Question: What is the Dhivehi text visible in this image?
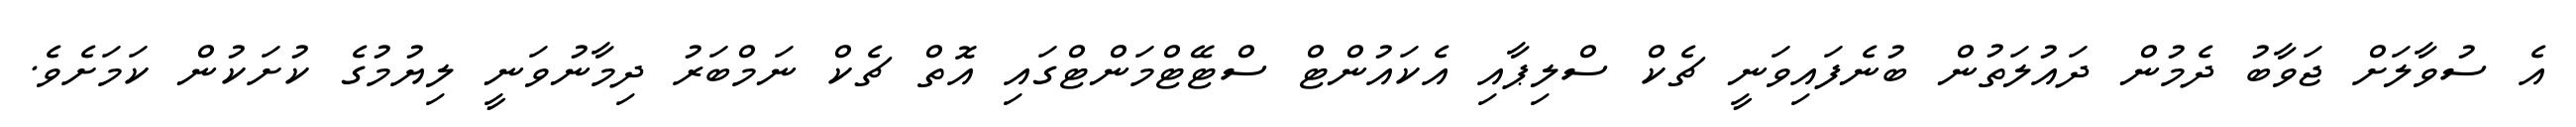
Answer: އެ ސުވާލަށް ޖަވާބު ދެމުން ދައުލަތުން ބުނެފައިވަނީ ޗެކް ސްލިޕާއި އެކައުންޓް ސްޓޭޓްމަންޓްގައި އޮތް ޗެކް ނަމްބަރު ދިމާނުވަނީ ލިޔުމުގެ ކުށަކުން ކަމަށެވެ.